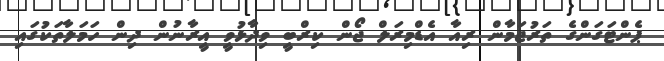
ޕެންޓަގަންގެ ތަރުޖަމާން ރިއާ އެޑްމިރަލް ޖޯން ކިރްބީ ވިދާޅުވީ އީރާނުން ދިން ހަމަލާތަކުގައި